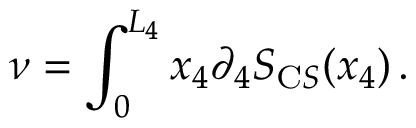
\nu = \int _ { 0 } ^ { L _ { 4 } } \d x _ { 4 } \partial _ { 4 } S _ { \mathrm C S } ( x _ { 4 } ) \, .